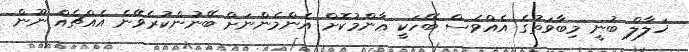
ޚަލާލް ބުނީ މިބާވަތުގެ އެއްވެސް ބޭހަކީ ޢާންމުކޮށް އެންމެންނަށް ބޭނުންކުރެވޭނެ އެއްޗެއް ނޫން